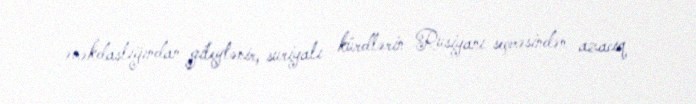
əməkdaşlığından gileylənir, suriyalı kürdlərin Rusiyanı seçməsindən azacıq